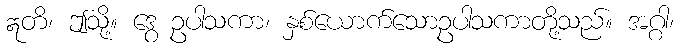
ဣတိ၊ ဤသို့။ ဒွေ ဥပါသကာ၊ နှစ်ယောက်သောဥပါသကာတို့သည်။ အဂ္ဂါ၊